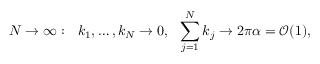
\quad N \to \infty : \ \ k _ { 1 } , \dots , k _ { N } \to 0 , \ \ \sum _ { j = 1 } ^ { N } k _ { j } \to 2 \pi \alpha = \mathcal { O } ( 1 ) ,